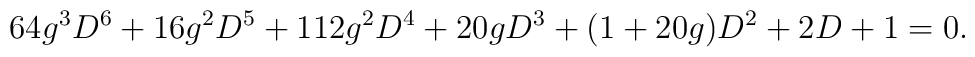
64g^3D^6+16g^2D^5+112g^2D^4+20gD^3+(1+20g)D^2+2D+1=0.